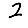
Digit: 2